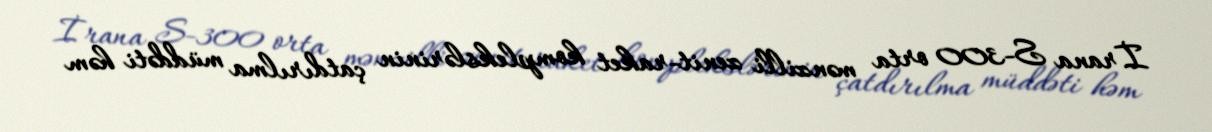
İrana S-300 orta mənzilli zenit-raket komplekslərinin çatdırılma müddəti həm